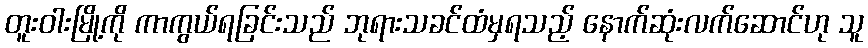
တူးဝါးမြို့ကို ကာကွယ်ရခြင်းသည် ဘုရားသခင်ထံမှရသည့် နောက်ဆုံးလက်ဆောင်ဟု သူ